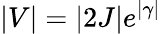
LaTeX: |V|=|2J|e^{|\gamma|}